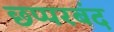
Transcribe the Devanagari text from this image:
छप्परबंद